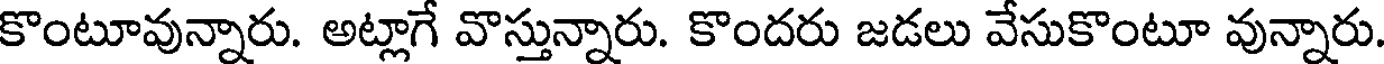
కొంటూవున్నారు. అట్లాగే వొస్తున్నారు. కొందరు జడలు వేసుకొంటూ వున్నారు.